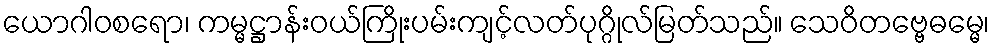
ယောဂါဝစရော၊ ကမ္မဋ္ဌာန်းဝယ်ကြိုးပမ်းကျင့်လတ်ပုဂ္ဂိုလ်မြတ်သည်။ သေဝိတဗ္ဗေဓမ္မေ၊